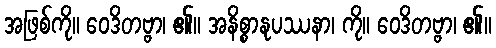
အဖြစ်ကို။ ဝေဒိတဗ္ဗာ၊ ၏။ အနိစ္စာနုပဿနာ၊ ကို။ ဝေဒိတဗ္ဗာ၊ ၏။